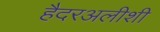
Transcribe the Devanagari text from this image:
हैदरअलीशी